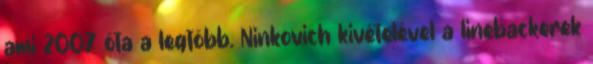
ami 2007 óta a legtöbb. Ninkovich kivételével a linebackerek